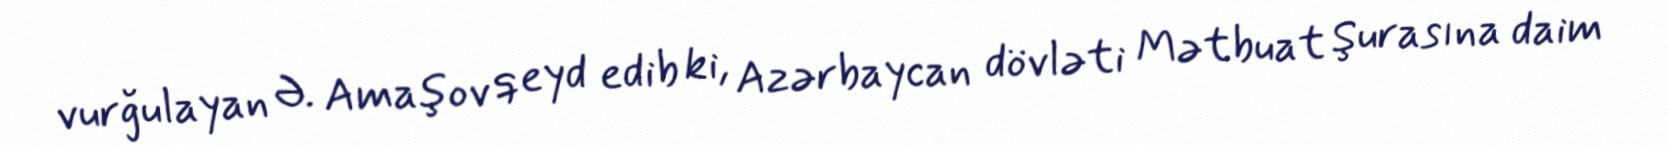
vurğulayan Ə. Amaşov qeyd edib ki, Azərbaycan dövləti Mətbuat Şurasına daim